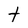
Character: t